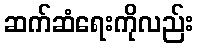
ဆက်ဆံရေးကိုလည်း